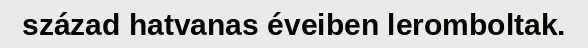
század hatvanas éveiben leromboltak.